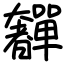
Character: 奲